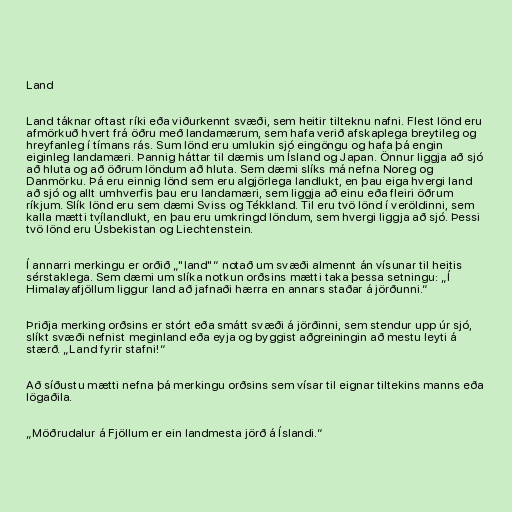
Land

Land táknar oftast ríki eða viðurkennt svæði, sem heitir tilteknu nafni. Flest lönd eru
afmörkuð hvert frá öðru með landamærum, sem hafa verið afskaplega breytileg og
hreyfanleg í tímans rás. Sum lönd eru umlukin sjó eingöngu og hafa þá engin
eiginleg landamæri. Þannig háttar til dæmis um Ísland og Japan. Önnur liggja að sjó
að hluta og að öðrum löndum að hluta. Sem dæmi slíks má nefna Noreg og
Danmörku. Þá eru einnig lönd sem eru algjörlega landlukt, en þau eiga hvergi land
að sjó og allt umhverfis þau eru landamæri, sem liggja að einu eða fleiri öðrum
ríkjum. Slík lönd eru sem dæmi Sviss og Tékkland. Til eru tvö lönd í veröldinni, sem
kalla mætti tvílandlukt, en þau eru umkringd löndum, sem hvergi liggja að sjó. Þessi
tvö lönd eru Úsbekistan og Liechtenstein.

Í annarri merkingu er orðið „"land"“ notað um svæði almennt án vísunar til heitis
sérstaklega. Sem dæmi um slíka notkun orðsins mætti taka þessa setningu: „Í
Himalayafjöllum liggur land að jafnaði hærra en annars staðar á jörðunni.“

Þriðja merking orðsins er stórt eða smátt svæði á jörðinni, sem stendur upp úr sjó,
slíkt svæði nefnist meginland eða eyja og byggist aðgreiningin að mestu leyti á
stærð. „Land fyrir stafni!“

Að síðustu mætti nefna þá merkingu orðsins sem vísar til eignar tiltekins manns eða
lögaðila.

„Möðrudalur á Fjöllum er ein landmesta jörð á Íslandi.“